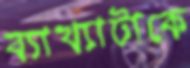
ব্যাখ্যাটাকে